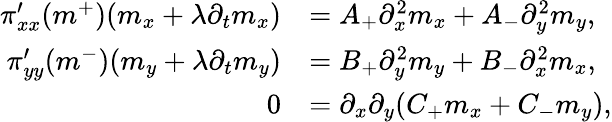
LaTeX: \begin{array}{rl}{\pi_{xx}^{\prime}(m^{+})(m_{x}+\lambda\partial_{t}m_{x})}&{=A_{+}\partial_{x}^{2}m_{x}+A_{-}\partial_{y}^{2}m_{y},}\\ {\pi_{yy}^{\prime}(m^{-})(m_{y}+\lambda\partial_{t}m_{y})}&{=B_{+}\partial_{y}^{2}m_{y}+B_{-}\partial_{x}^{2}m_{x},}\\ {0}&{=\partial_{x}\partial_{y}(C_{+}m_{x}+C_{-}m_{y}),}\end{array}